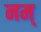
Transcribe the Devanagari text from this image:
नम्‌